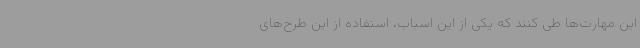
این مهارت‌ها طی کنند که یکی از این اسباب، استفاده از این طرح‌های